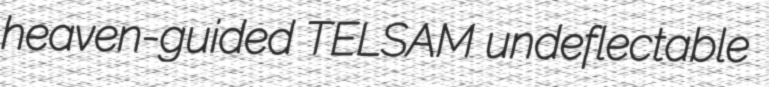
heaven-guided TELSAM undeflectable